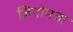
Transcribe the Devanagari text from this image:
जिनोमचा